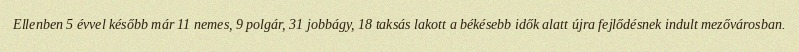
Ellenben 5 évvel később már 11 nemes, 9 polgár, 31 jobbágy, 18 taksás lakott a békésebb idők alatt újra fejlődésnek indult mezővárosban.